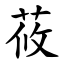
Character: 莜